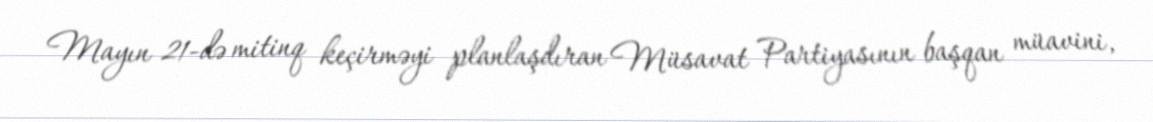
Mayın 21-də mitinq keçirməyi planlaşdıran Müsavat Partiyasının başqan müavini,